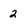
Character: 2